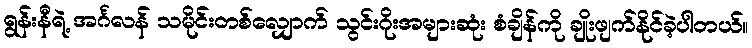
ရွန်းနီရဲ့ အင်္ဂလန် သမိုင်းတစ်လျှောက် သွင်းဂိုးအများဆုံး စံချိန်ကို ချိုးဖျက်နိုင်ခဲ့ပါတယ်။